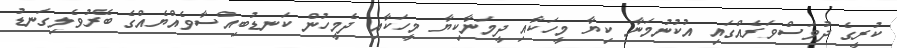
ކުރީގެ ދުވަސްވަރެއްގައި އުކުނުމަނާ ކިޔާ މީހަކާއި ދީމަނާކިޔާ މީހަކާއި ދެމީހުން ކަނޑުބިއްސާވެއްޔެއްގެ ބޭރުވެލިގަނޑު